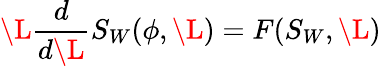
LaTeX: \L{\frac{d}{d\L}}S_{W}(\phi,\L)=F(S_{W},\L)